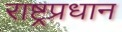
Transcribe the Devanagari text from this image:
राष्ट्रप्रधान